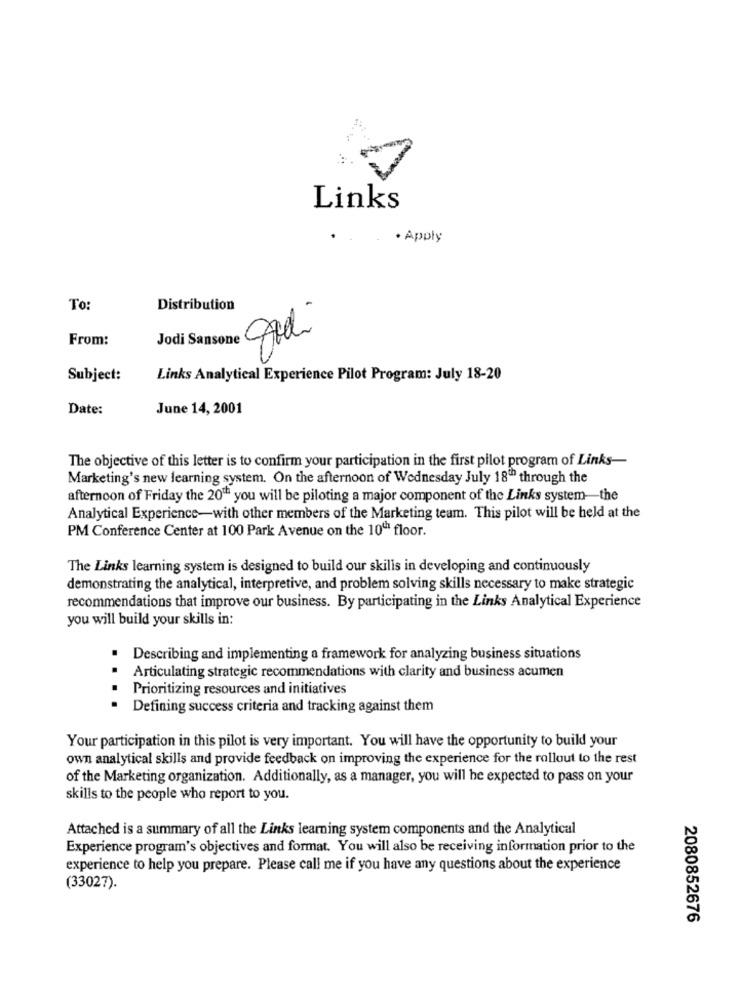
Links
· Apply
To
Distribution
From:
Jodi Sansone Ardi
Subject:
Links Analytical Experience Pilot Program: July 18-20
Date:
June 14, 2001
The objective of this letter is to confirm your participation in the first pilot program of Links-
Marketing's new learning system. On the afternoon of Wednesday July 18"" through the
afternoon of Friday the 200 you will be piloting a major component of the Links system-the
Analytical Experience-with other members of the Marketing team. This pilot will be held at the
PM Conference Center at 100 Park Avenue on the 1001 floor.
The Links learning system is designed to build our skills in developing and continuously
demonstrating the analytical, interpretive, and problem solving skills necessary to make strategic
recommendations that improve our business. By participating in the Links Analytical Experience
you will build your skills in:
Describing and implementing a framework for analyzing business situations
Articulating strategic recommendations with clarity and business acumen
...
Prioritizing resources and initiatives
Defining success criteria and tracking against them
Your participation in this pilot is very important. You will have the opportunity to build your
own analytical skills and provide feedback on improving the experience for the rollout to the rest
of the Marketing organization. Additionally, as a manager, you will be expected to pass on your
skills to the people who report to you.
Attached is a summary of all the Links learning system components and the Analytical
Experience program's objectives and format. You will also be receiving information prior to the
experience to help you prepare. Please call me if you have any questions about the experience
(33027).
2080852676